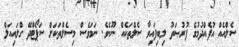
ސެލްއެއް އުފެއްދުމުގެ ފުރުޞަތު ލިބިފައިވާ ސެލްތަކެއް ނޫނެވެ. ނަމަވެސް މިސެލްތަކަށް ސަޕޯޓްދޭ ގްލައިއަލް